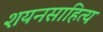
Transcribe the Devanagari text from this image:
शयनसाहित्य